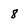
Character: 8